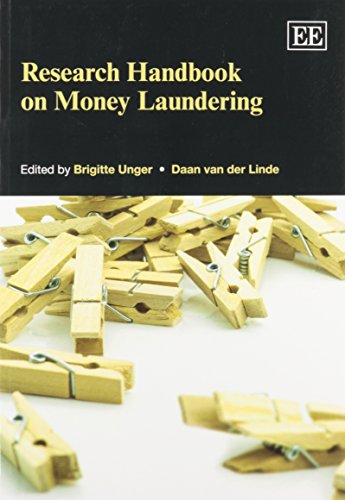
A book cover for Research Handbook on Money Laundering (Elgar Original Reference); Brigitte Unger; Law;